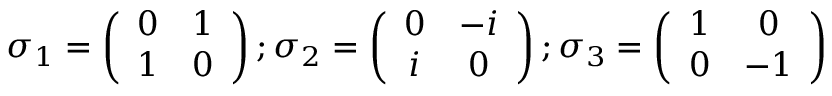
\sigma _ { 1 } = \left( \begin{array} { c c } { { 0 } } & { { 1 } } \\ { { 1 } } & { { 0 } } \end{array} \right) ; \sigma _ { 2 } = \left( \begin{array} { c c } { { 0 } } & { { - i } } \\ { { i } } & { { 0 } } \end{array} \right) ; \sigma _ { 3 } = \left( \begin{array} { c c } { { 1 } } & { { 0 } } \\ { { 0 } } & { { - 1 } } \end{array} \right)